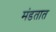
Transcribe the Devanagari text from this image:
मंडतात